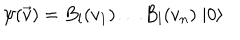
\psi ( \vec { v } ) = B _ { l } ( v _ { 1 } ) \ldots B _ { l } ( v _ { n } ) \; | 0 \rangle